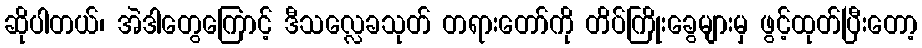
ဆိုပါတယ်၊ အဲဒါတွေကြောင့် ဒီသလ္လေခသုတ် တရားတော်ကို တိပ်ကြိုးခွေများမှ ဖွင့်ထုတ်ပြီးတော့